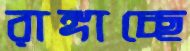
রাঙ্গাচ্ছে